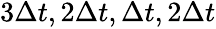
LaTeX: \begin{array}{r}{3\Delta t,2\Delta t,\Delta t,2\Delta t}\end{array}